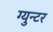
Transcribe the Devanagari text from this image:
ग्युन्टर